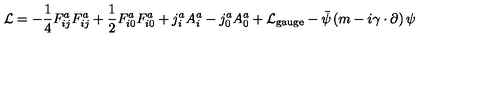
{ \cal L } = - \frac { 1 } { 4 } F _ { i j } ^ { a } F _ { i j } ^ { a } + \frac { 1 } { 2 } F _ { i 0 } ^ { a } F _ { i 0 } ^ { a } + j _ { i } ^ { a } A _ { i } ^ { a } - j _ { 0 } ^ { a } A _ { 0 } ^ { a } + { \cal L } _ { \mathrm { g a u g e } } - { \bar { \psi } } \left( m - i { \gamma } \cdot \partial \right) \psi